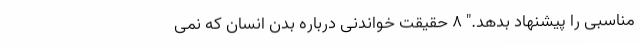
مناسبی را پیشنهاد بدهد." ۸ حقیقت خواندنی درباره بدن انسان که نمی